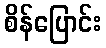
စိန်ပြောင်း